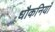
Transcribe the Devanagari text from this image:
धौकनियाँ